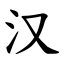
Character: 汉